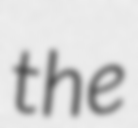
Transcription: the